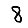
Digit: 8